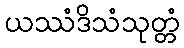
ယဿံဒိသံသုတ္တံ